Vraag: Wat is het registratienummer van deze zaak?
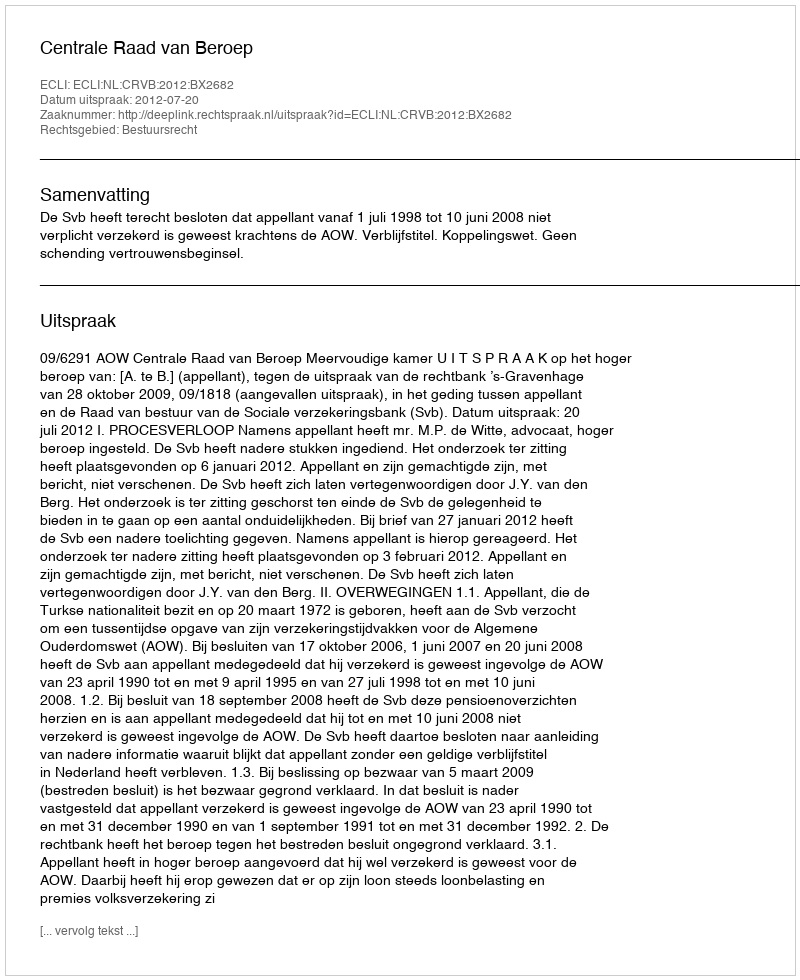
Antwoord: http://deeplink.rechtspraak.nl/uitspraak?id=ECLI:NL:CRVB:2012:BX2682